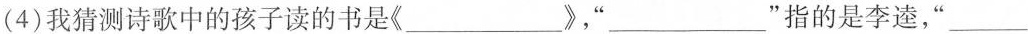
(4)我猜测诗歌中的孩子读的书是《_____》，”_____”指的是李逵，”___